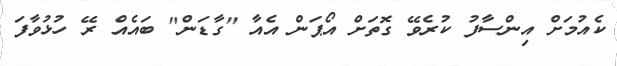
ކެއުމަށް އިންސާފު ކުރެވޭ ގޮތަށް އޯޕަން އެއާ "ގާޑަން" ބައެއް ރޭ ހުޅުވާފަ